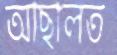
আছালত